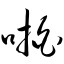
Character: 啪